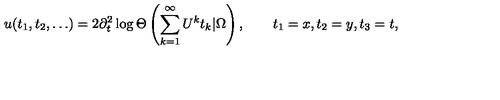
u ( t _ { 1 } , t _ { 2 } , \ldots ) = 2 \partial _ { t } ^ { 2 } \log \Theta \left( \sum _ { k = 1 } ^ { \infty } U ^ { k } t _ { k } | \Omega \right) , \qquad t _ { 1 } = x , t _ { 2 } = y , t _ { 3 } = t ,